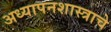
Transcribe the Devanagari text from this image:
अध्यापनशास्त्राचे